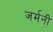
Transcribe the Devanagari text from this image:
जर्मनी